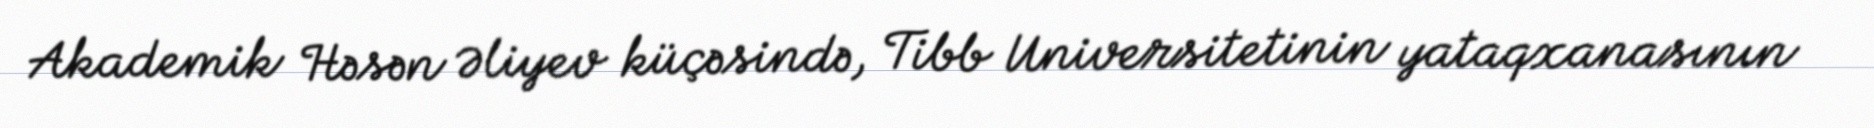
Akademik Həsən Əliyev küçəsində, Tibb Universitetinin yataqxanasının